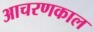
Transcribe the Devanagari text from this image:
आचरणकाल